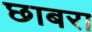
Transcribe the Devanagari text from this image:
छाबरा